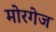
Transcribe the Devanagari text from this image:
मोरगेज